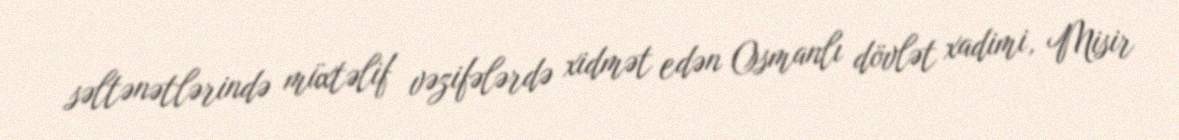
səltənətlərində müxtəlif vəzifələrdə xidmət edən Osmanlı dövlət xadimi, Misir